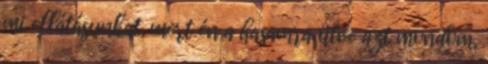
mi ellátásunkat, mert én a hasamra ütve azt mondom,